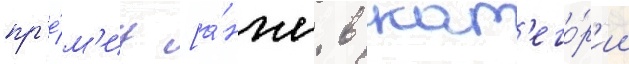
пр'е́м'иу [а́нгл. в кат'его́р'ии